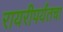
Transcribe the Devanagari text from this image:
रायरीपर्यंतचा